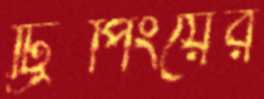
ট্রিপিংয়ের